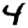
Digit: 4